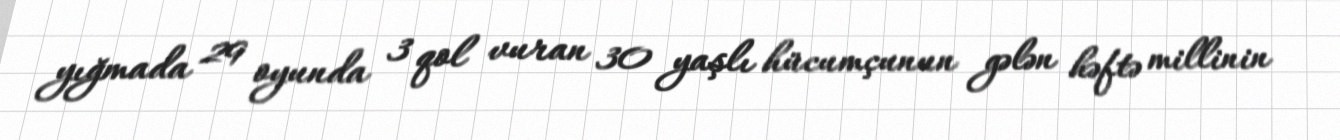
yığmada 29 oyunda 3 qol vuran 30 yaşlı hücumçunun gələn həftə millinin